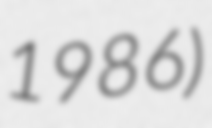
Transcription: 1986)